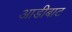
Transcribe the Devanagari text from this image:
आडीबाट